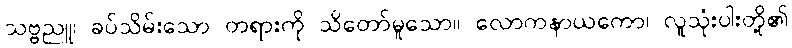
သဗ္ဗညူ၊ ခပ်သိမ်းသော တရားကို သိတော်မူသော။ လောကနာယကော၊ လူသုံးပါးတို့၏